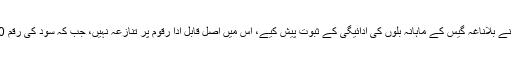
دوسری جانب کے ای نے بلاناغہ گیس کے ماہانہ بلوں کی ادائیگی کے ثبوت پیش کیے، اس میں اصل قابل ادا رقوم پر تنازعہ نہیں، جب کہ سود کی رقم 60ارب بتائی جاتی ہے۔